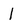
Character: 1